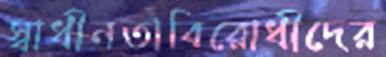
স্বাধীনতাবিরোধীদের